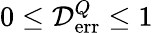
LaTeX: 0\le{\cal D}_{\mathrm{err}}^{Q}\le 1